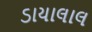
ડાયાલાલ